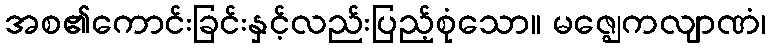
အစ၏ကောင်းခြင်းနှင့်လည်းပြည့်စုံသော။ မဇ္ဈေကလျာဏံ၊